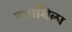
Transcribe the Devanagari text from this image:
नागशिळा